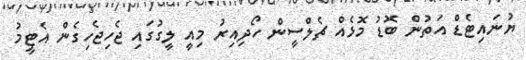
ޔުނައިޓެޑް އަތުން ބޮޑު މޮޅެއް ޗެލްސީން ހޯދިއިރު މިއީ ލީގުގައި ޖެހިޖެހިގެން އެޓީމު